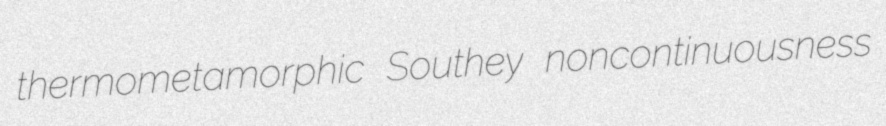
thermometamorphic Southey noncontinuousness